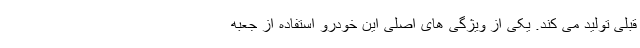
قبلی تولید می کند. یکی از ویژگی های اصلی این خودرو استفاده از جعبه